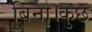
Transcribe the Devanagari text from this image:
बिना।कुछ